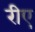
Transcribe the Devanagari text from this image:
रीए